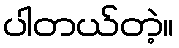
ပါတယ်တဲ့။